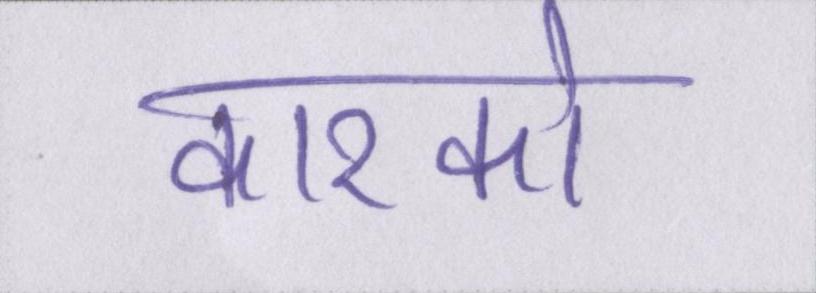
कारको